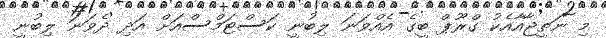
މި ނަތީޖާއާއެކު ގްރޫޕް ބީގެ އެއްވަނަ ލިބުނީ ކަސްޓަމްސްއަށް އަދި ދެވަނަ ލިބުނީ